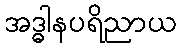
အဒ္ဓါနပရိညာယ